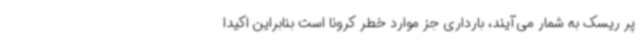
پر ریسک به شمار می‌آیند، بارداری جز موارد خطر کرونا است بنابراین اکیدا